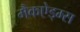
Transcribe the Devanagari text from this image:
मैकऐड्म्स